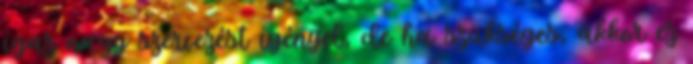
igaz nagy szervezést igényel, de ha szükséges, akkor ez